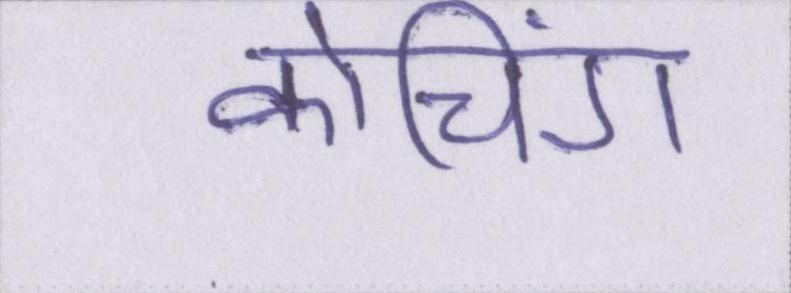
कोचिंग